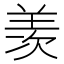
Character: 羡